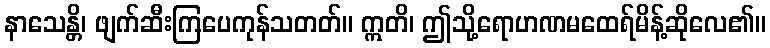
နာသေန္တိ၊ ဖျက်ဆီးကြပေကုန်သတတ်။ ဣတိ၊ ဤသို့ရောဟဏမထေရ်မိန့်ဆိုလေ၏။